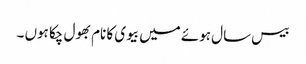
بیس سال ہوئے میں بیوی کا نام بھول چکا ہوں ۔